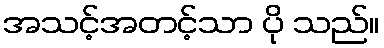
အသင့်အတင့်သာ ပို သည်။